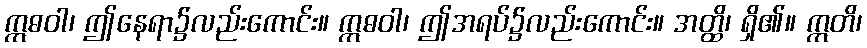
ဣဓဝါ၊ ဤနေရာ၌လည်းကောင်း။ ဣဓဝါ၊ ဤအရပ်၌လည်းကောင်း။ အတ္ထိ၊ ရှိ၏။ ဣတိ၊